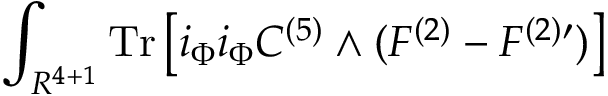
\int _ { R ^ { 4 + 1 } } \mathrm { T r } \left[ i _ { \Phi } i _ { \Phi } C ^ { ( 5 ) } \wedge ( F ^ { ( 2 ) } - F ^ { ( 2 ) \prime } ) \right]